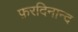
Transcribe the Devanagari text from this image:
फ़रदिनान्द